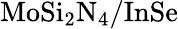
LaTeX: \mathrm{MoSi_{2}N_{4}/InSe}